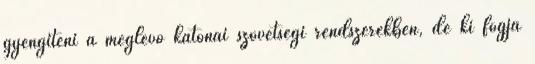
gyengíteni a meglévő katonai szövetségi rendszerekben, de ki fogja